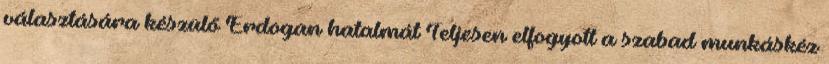
választására készülő Erdogan hatalmát Teljesen elfogyott a szabad munkáskéz